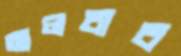
আলবাব